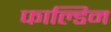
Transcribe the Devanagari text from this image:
फाल्डिन